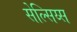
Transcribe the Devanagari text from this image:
सेल्सिय्स